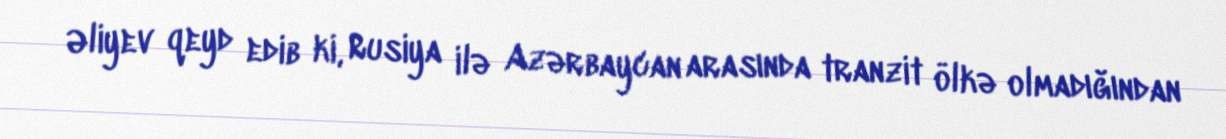
Əliyev qeyd edib ki, Rusiya ilə Azərbaycan arasında tranzit ölkə olmadığından